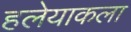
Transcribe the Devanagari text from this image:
हलेयाकला